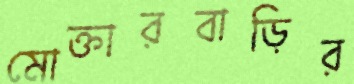
মোক্তারবাড়ির